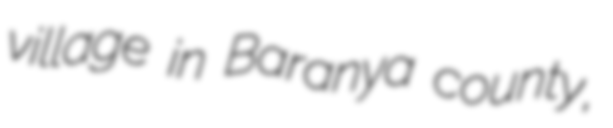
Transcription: village in Baranya county,